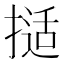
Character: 𰔖